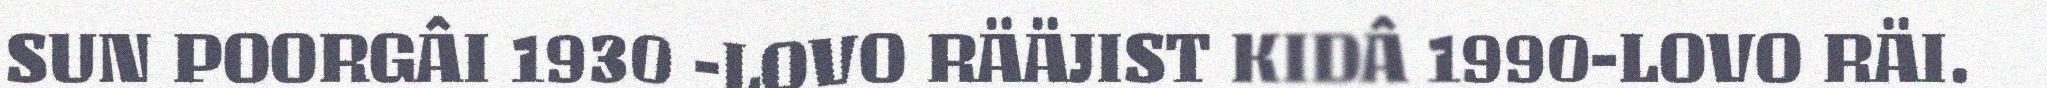
SUN POORGÂI 1930 -LOVO RÄÄJIST KIDÂ 1990-LOVO RÄI.